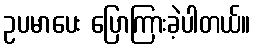
ဥပမာပေး ပြောကြားခဲ့ပါတယ်။